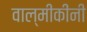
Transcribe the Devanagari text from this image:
वाल्मीकींनी